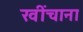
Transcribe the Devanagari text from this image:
खींचाना